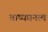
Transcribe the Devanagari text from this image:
वाष्पघनत्व